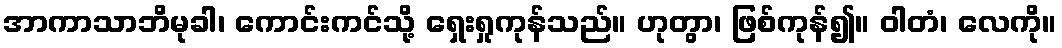
အာကာသာဘိမုခါ၊ ကောင်းကင်သို့ ရှေးရှုကုန်သည်။ ဟုတွာ၊ ဖြစ်ကုန်၍။ ဝါတံ၊ လေကို။